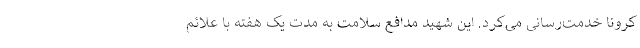
کرونا خدمت‌رسانی می‌کرد. این شهید مدافع سلامت به مدت یک هفته با علائم